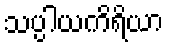
သပ္ပါယကိရိယာ